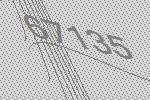
67135